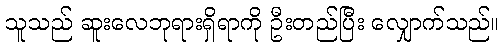
သူသည် ဆူးလေဘုရားရှိရာကို ဦးတည်ပြီး လျှောက်သည်။